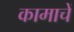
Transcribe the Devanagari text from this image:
कामाचें